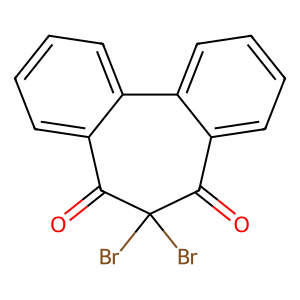
SMILES: O=C1c2ccccc2-c2ccccc2C(=O)C1(Br)Br
Inhibits HIV replication: No